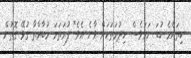
ކިތައްމެ ކުޑަ ނަމަވެސް ހިދުމަތަކަށް ވާނެ އެވެ" ފުރަތަމަ މުބާރާތާ ގުޅޭ ގޮތުން